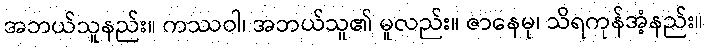
အဘယ်သူနည်း။ ကဿဝါ၊ အဘယ်သူ၏ မူလည်း။ ဇာနေမု၊ သိရကုန်အံ့နည်း။